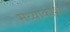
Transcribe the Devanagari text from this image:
मध्याकाश